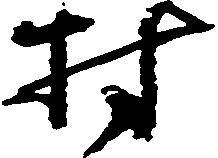
村